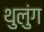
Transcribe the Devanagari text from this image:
थुलुंग